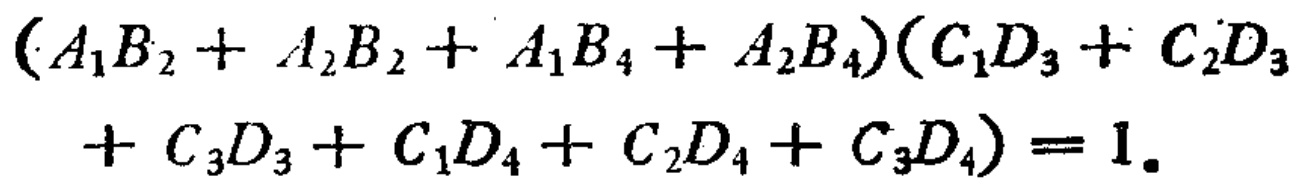
\((A_{1}B_{2}+A_{2}B_{2}+A_{1}B_{4}+A_{2}B_{4})(C_{1}D_{3}+C_{2}D_{3}+C_{3}D_{3}+C_{1}D_{4}+C_{2}D_{4}+C_{3}D_{4}) = 1\)